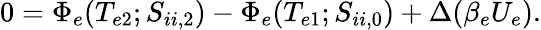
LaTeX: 0=\Phi_{e}(T_{e2};S_{ii,2})-\Phi_{e}(T_{e1};S_{ii,0})+\Delta(\beta_{e}U_{e}).